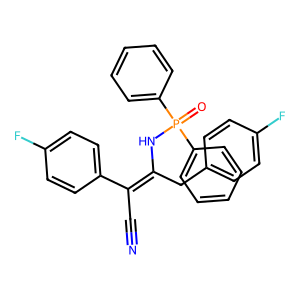
SMILES: N#CC(=C(Cc1ccc(F)cc1)NP(=O)(c1ccccc1)c1ccccc1)c1ccc(F)cc1
Inhibits HIV replication: No